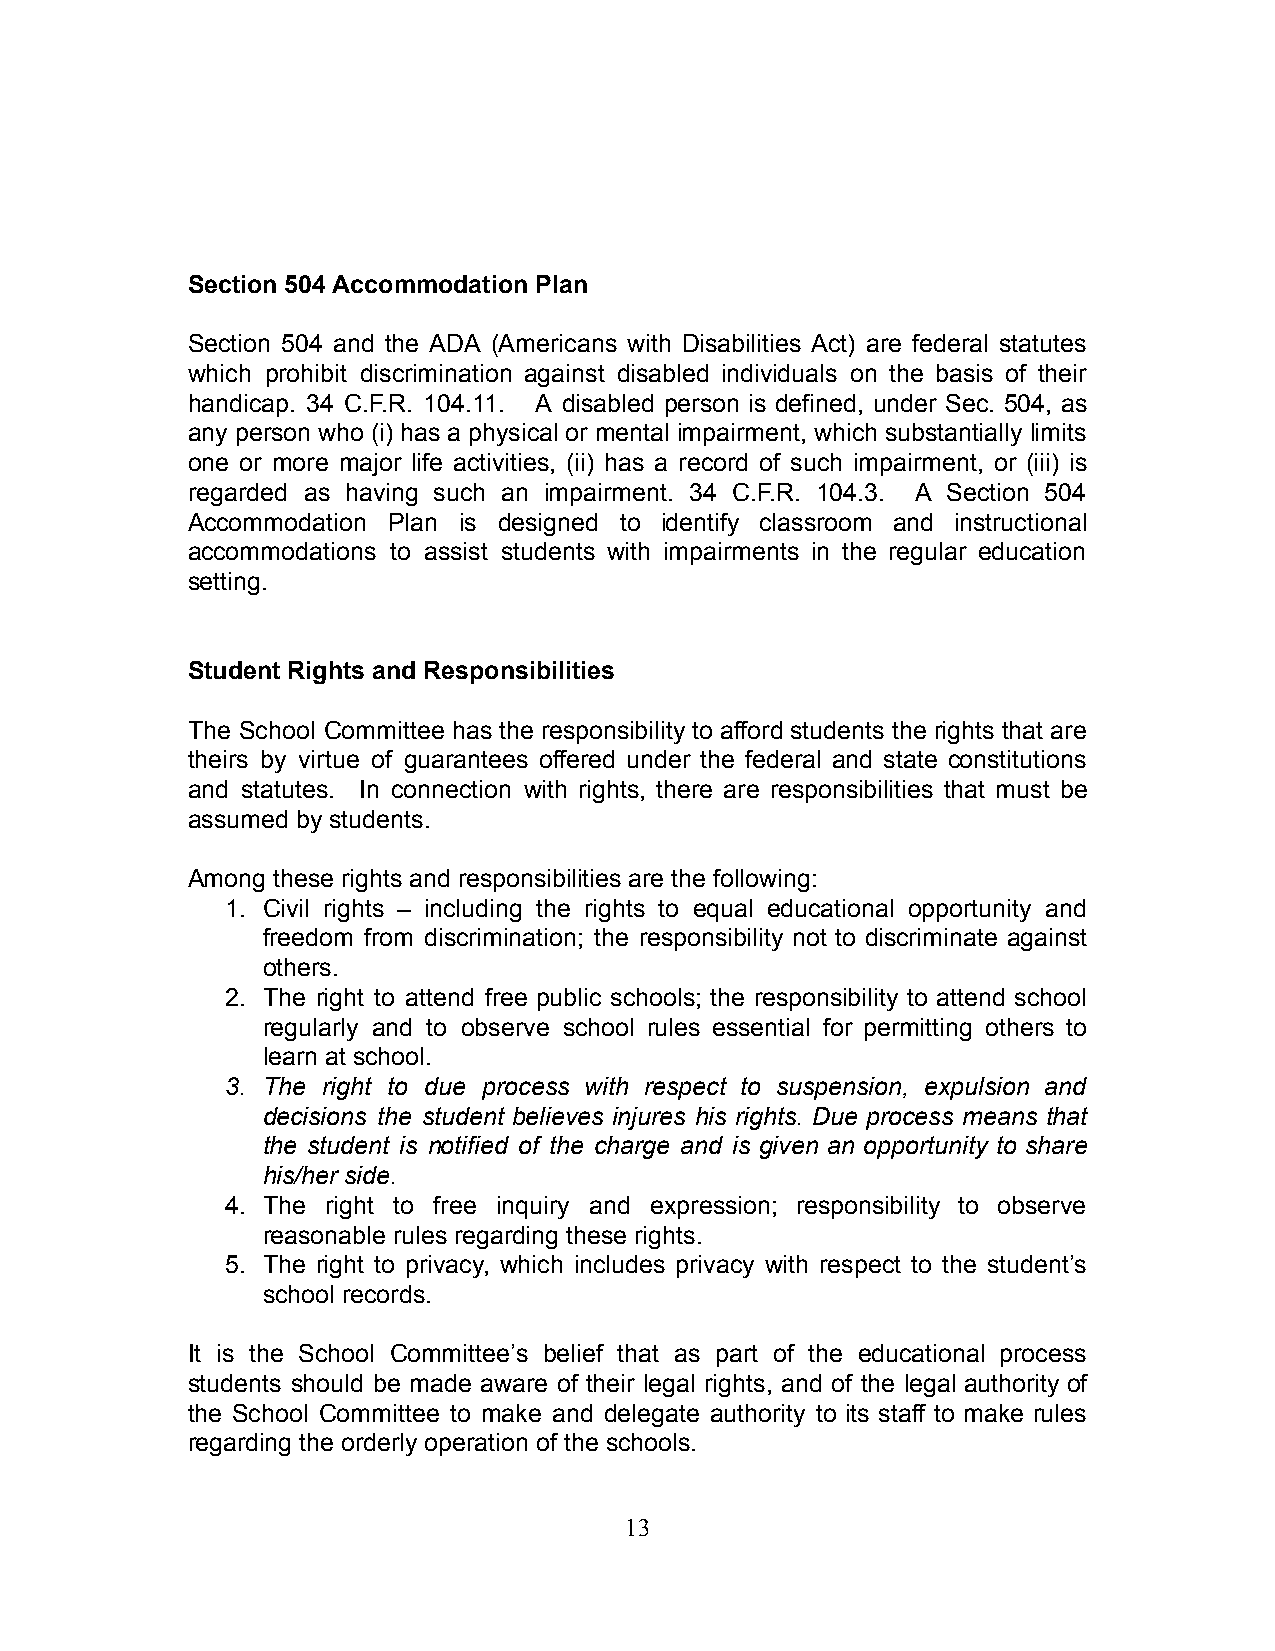
Section 504 Accommodation Plan
 Section 504 and the ADA (Americans with Disabilities Act) are federal statutes
 which prohibit discrimination against disabled individuals on the basis of their
 handicap. 34 C.F.R. 104.11. A disabled person is defined, under Sec. 504, as
 any person who (i) has a physical or mental impairment, which substantially limits
 one or more major life activities, (ii) has a record of such impairment, or (iii) is
 regarded as having such an impairment. 34 C.F.R. 104.3. A Section 504
 Accommodation Plan is designed to identify classroom and instructional
 accommodations to assist students with impairments in the regular education
 setting.
 Student Rights and Responsibilities
 The School Committee has the responsibility to afford students the rights that are
 theirs by virtue of guarantees offered under the federal and state constitutions
 and statutes. In connection with rights, there are responsibilities that must be
 assumed by students.
 Among these rights and responsibilities are the following:
 1. Civil rights – including the rights to equal educational opportunity and
 freedom from discrimination; the responsibility not to discriminate against
 others.
 2. The right to attend free public schools; the responsibility to attend school
 regularly and to observe school rules essential for permitting others to
 learn at school.
 3. The right to due process with respect to suspension, expulsion and
 decisions the student believes injures his rights. Due process means that
 the student is notified of the charge and is given an opportunity to share
 his/her side.
 4. The right to free inquiry and expression; responsibility to observe
 reasonable rules regarding these rights.
 5. The right to privacy, which includes privacy with respect to the student’s
 school records.
 It is the School Committee’s belief that as part of the educational process
 students should be made aware of their legal rights, and of the legal authority of
 the School Committee to make and delegate authority to its staff to make rules
 regarding the orderly operation of the schools.
 13